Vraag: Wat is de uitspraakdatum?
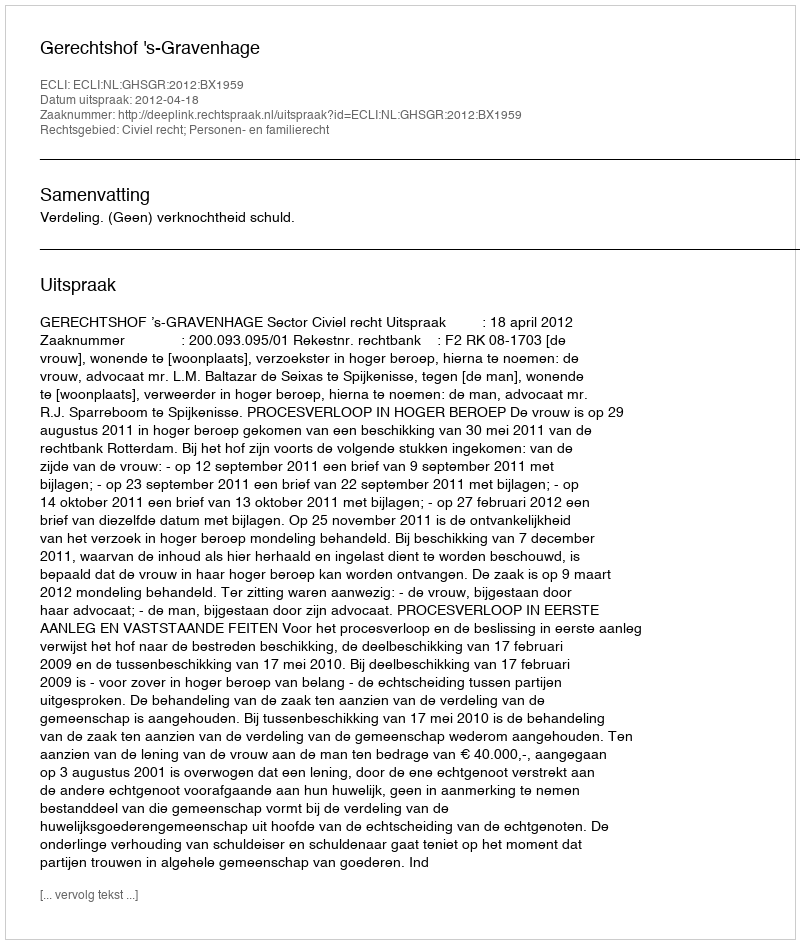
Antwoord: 2012-04-18